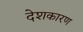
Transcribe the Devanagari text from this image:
देशकारण